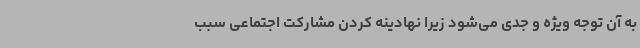
به آن توجه ویژه و جدی می‌شود زیرا نهادینه کردن مشارکت اجتماعی سبب